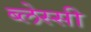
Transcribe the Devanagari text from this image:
ब्लेस्सी